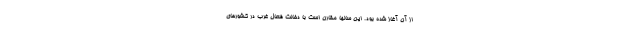
از آن آغاز شده بود. این سالها مقارن است با دخالت فعّال غرب در کشورهای